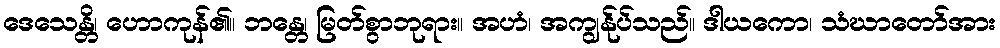
ဒေသေန္တိ၊ ဟောကုန်၏။ ဘန္တေ၊ မြတ်စွာဘုရား။ အဟံ၊ အကျွန်ုပ်သည်။ ဒါယကော၊ သံဃာတော်အား